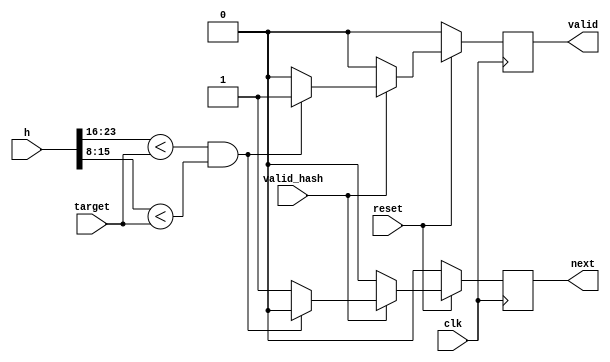
module comparador_3(
    output reg valid, 
    output reg next,
    input valid_hash,
    input clk, 
    input reset,
    input [23:0] h,
    input [7:0] target
    );

always @(posedge clk) begin
	if (reset == 0)begin
        valid <= 0;
        next <= 0;
    end
  	else begin
        if (valid_hash==1) begin
            if((h[23:16] < target) && (h[15:8] < target)) begin
                valid <= 1;
                next <= 0;
            end
            else begin
                valid <= 0;
                next <= 1;
            end
        end
        else begin
          valid <= 0;
          next <= 0;
        end     
    end
end
endmodule